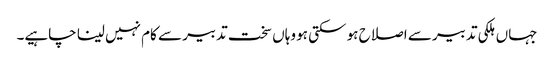
جہاں ہلکی تدبیر سے اصلاح ہو سکتی ہو وہاں سخت تدبیر سے کام نہیں لینا چاہیے۔